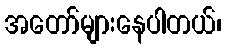
အတော်များနေပါတယ်၊